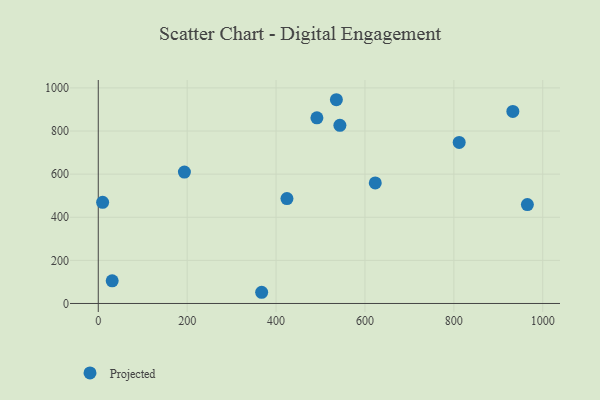
{"axis": {"x": "Speed", "y": "Fuel Efficiency"}, "legend": ["Projected"], "data": [{"x": "965.4", "y": 458.8, "type": "Projected"}, {"x": "812.0", "y": 747.0, "type": "Projected"}, {"x": "932.7", "y": 891.1, "type": "Projected"}, {"x": "491.9", "y": 861.3, "type": "Projected"}, {"x": "623.2", "y": 559.5, "type": "Projected"}, {"x": "193.8", "y": 609.8, "type": "Projected"}, {"x": "535.7", "y": 945.3, "type": "Projected"}, {"x": "543.6", "y": 826.6, "type": "Projected"}, {"x": "31.3", "y": 105.0, "type": "Projected"}, {"x": "424.5", "y": 486.8, "type": "Projected"}, {"x": "367.6", "y": 52.0, "type": "Projected"}, {"x": "9.8", "y": 469.2, "type": "Projected"}]}